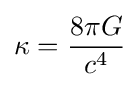
\kappa ={\frac {8\pi G}{c^{4}}}